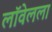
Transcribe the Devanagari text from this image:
लॉवेलला